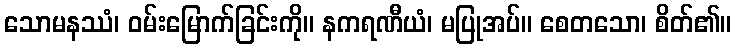
သောမနဿံ၊ ဝမ်းမြောက်ခြင်းကို။ နကရဏီယံ၊ မပြုအပ်။ စေတသော၊ စိတ်၏။